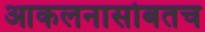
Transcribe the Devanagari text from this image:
आकलनासोबतच